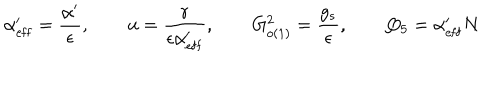
LaTeX: \alpha _ { \mathrm { e f f } } ^ { \prime } = \frac { \alpha ^ { \prime } } { \epsilon } , \qquad u = \frac { r } { \epsilon \alpha _ { \mathrm { e f f } } ^ { \prime } } , \qquad G _ { o ( 1 ) } ^ { 2 } = \frac { g _ { s } } { \epsilon } , \qquad Q _ { 5 } = \alpha _ { \mathrm { e f f } } ^ { \prime } N